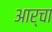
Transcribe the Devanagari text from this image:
आर्चा